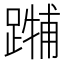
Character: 𲄃